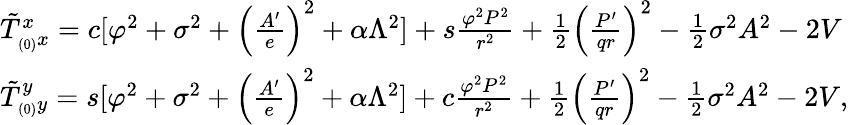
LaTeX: \begin{array}{ll}{{\tilde{T}_{_{(0)}x}^{x}=c[\varphi^{2}+\sigma^{2}+\left(\frac{A^{\prime}}{e}\right)^{2}+\alpha\Lambda^{2}]+s\frac{\varphi^{2}P^{2}}{r^{2}}+\frac{1}{2}\left(\frac{P^{\prime}}{qr}\right)^{2}-\frac{1}{2}\sigma^{2}A^{2}-2V}}\\ {{\tilde{T}_{_{(0)}y}^{y}=s[\varphi^{2}+\sigma^{2}+\left(\frac{A^{\prime}}{e}\right)^{2}+\alpha\Lambda^{2}]+c\frac{\varphi^{2}P^{2}}{r^{2}}+\frac{1}{2}\left(\frac{P^{\prime}}{qr}\right)^{2}-\frac{1}{2}\sigma^{2}A^{2}-2V,}}\end{array}